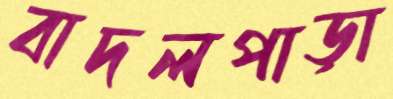
বাদলপাড়া